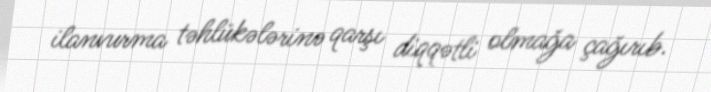
ilanvurma təhlükələrinə qarşı diqqətli olmağa çağırıb.